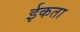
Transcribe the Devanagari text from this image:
ईकता